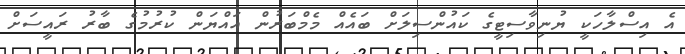
އެ އިސްލާހަކީ ޔުނިވާސިޓީގެ ކައުންސިލަށް ބައެއް މެމްބަރުން އައްޔަން ކުރުމުގެ ބާރު ރައީސަށް